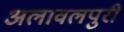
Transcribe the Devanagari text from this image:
अलावलपुरी